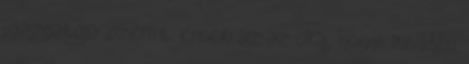
igazgatója szerint ennek az az oka, hogy az idén